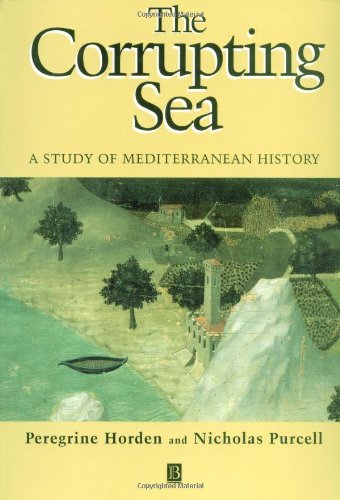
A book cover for The Corrupting Sea: A Study of Mediterranean History; Peregrine Horden; History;